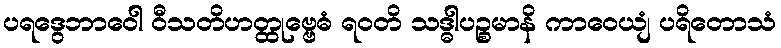
ပရဒွေဘာဝေါ ဝီသတိဟတ္ထုဗ္ဗေဓံ ရဝတိ သဒ္ဓါပဉ္စမာနိ ကာဝေယျံ ပရိတောသံ